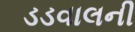
ડડવાલની